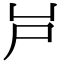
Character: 𡰮